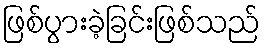
ဖြစ်ပွားခဲ့ခြင်းဖြစ်သည်